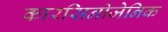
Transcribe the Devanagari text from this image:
कारसिनोजेनिक